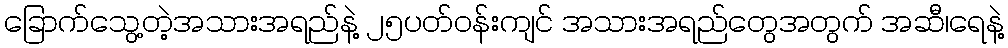
ခြောက်သွေ့တဲ့အသားအရည်နဲ့ ၂၅ပတ်ဝန်းကျင် အသားအရည်တွေအတွက် အဆီ၊ရေနဲ့